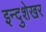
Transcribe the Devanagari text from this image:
इन्दुशेखर